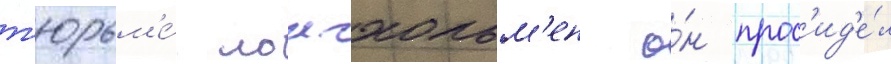
т'юрьм'е́ лонгхольм'ен о́н прос'ид'е́л